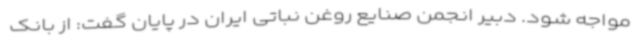
مواجه شود. دبیر انجمن صنایع روغن نباتی ایران در پایان گفت: از بانک